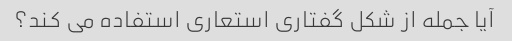
آیا جمله از شکل گفتاری استعاری استفاده می کند؟